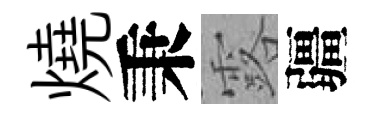
燒秉露疆